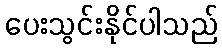
ပေးသွင်းနိုင်ပါသည်